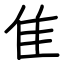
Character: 隹